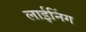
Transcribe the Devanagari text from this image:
लाईनिंग